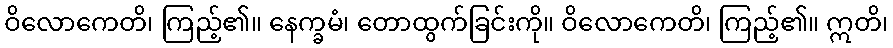
ဝိလောကေတိ၊ ကြည့်၏။ နေက္ခမံ၊ တောထွက်ခြင်းကို။ ဝိလောကေတိ၊ ကြည့်၏။ ဣတိ၊